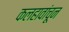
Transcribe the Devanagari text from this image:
कलहावांचून